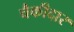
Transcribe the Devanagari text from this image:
चैकीदार